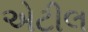
એટીલ